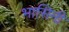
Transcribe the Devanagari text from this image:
भासिनी